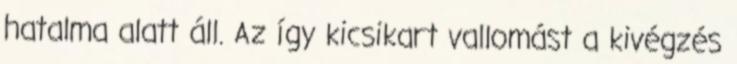
hatalma alatt áll. Az így kicsikart vallomást a kivégzés